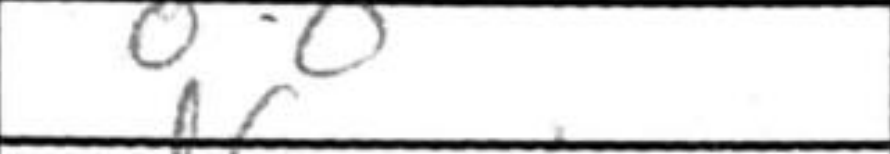
Transcription: O-O